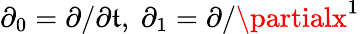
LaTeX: \partial_{0}=\partial/\partial\mathfrak{t},\ \partial_{1}=\partial/\partialx^{1}